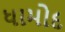
ધામોદ